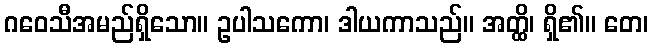
ဂဝေသီအမည်ရှိသော။ ဥပါသကော၊ ဒါယကာသည်။ အတ္ထိ၊ ရှိ၏။ တေ၊